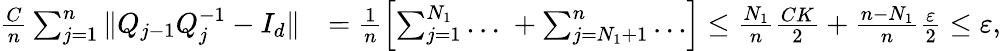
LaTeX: \begin{array}{rl}{\frac{C}{n}\sum_{j=1}^{n}\| Q_{j-1}Q_{j}^{-1}-I_{d}\| }&{=\frac{1}{n}\left[\sum_{j=1}^{N_{1}}\ldots\; +\sum_{j=N_{1}+1}^{n}\ldots\right]\le\frac{N_{1}}{n}\frac{CK}{2}+\frac{n-N_{1}}{n}\frac{\varepsilon}{2}\le\varepsilon,}\end{array}